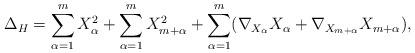
LaTeX: \begin{align*}\Delta_H = \sum_{\alpha=1}^m X_{\alpha}^2 + \sum_{\alpha=1}^m X_{m+ \alpha}^2 + \sum_{\alpha=1}^m (\nabla_{X_{\alpha}} X_\alpha + \nabla_{X_{m+ \alpha}} X_{m + \alpha}), \end{align*}